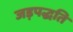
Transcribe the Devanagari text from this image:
जड़पद्धति